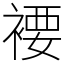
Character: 䙅